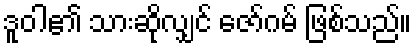
ဒူဝါ၏ သားဆိုလျှင် ဇော်ဂမ် ဖြစ်သည်။